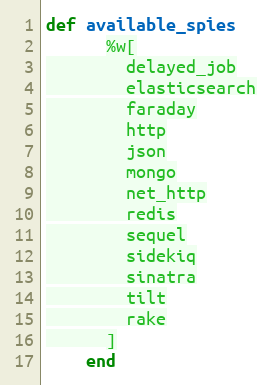
Language: Ruby
def available_spies
      %w[
        delayed_job
        elasticsearch
        faraday
        http
        json
        mongo
        net_http
        redis
        sequel
        sidekiq
        sinatra
        tilt
        rake
      ]
    end